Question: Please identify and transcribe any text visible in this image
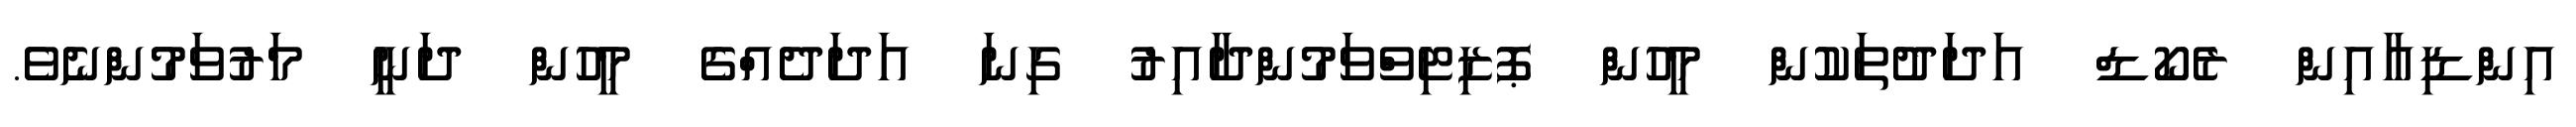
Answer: އިންޑިއާއިން ރެކޯޑް އަދަދުތަކުން މީހުން ޕޮޒިޓިވްވަމުންދާއިރު ގިނަ އަދަދެއްގެ މީހުން ދަނީ މަރުވަމުންނެވެ.